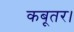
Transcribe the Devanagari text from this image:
कबूतर।